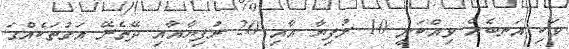
ވަކި އަނބެއް ވިއްކަނީ 10 ރުފިޔާ އާއި 20 ރުފިޔާއާއި ދޭތެރޭ އަގުތަކެއްގަ